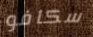
سكافو